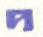
দ